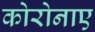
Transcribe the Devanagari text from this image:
कोरोनाए